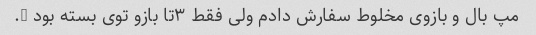
مپ بال و بازوی مخلوط سفارش دادم ولی فقط ۳تا بازو توی بسته بود ….